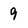
Character: 9